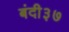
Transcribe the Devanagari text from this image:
बंदी३७